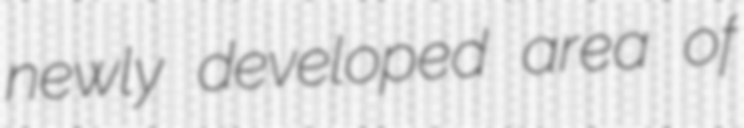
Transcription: newly developed area of